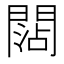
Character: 𨵍